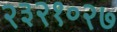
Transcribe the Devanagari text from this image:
२३२१०२७